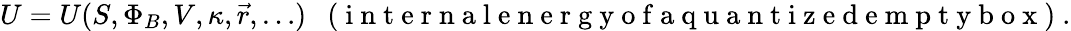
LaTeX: U=U(S,\Phi_{B},V,\kappa,\vec{r},\dotsc)\enspace\mathrm{~(~i~n~t~e~r~n~a~l~e~n~e~r~g~y~o~f~a~q~u~a~n~t~i~z~e~d~e~m~p~t~y~b~o~x~)~}.